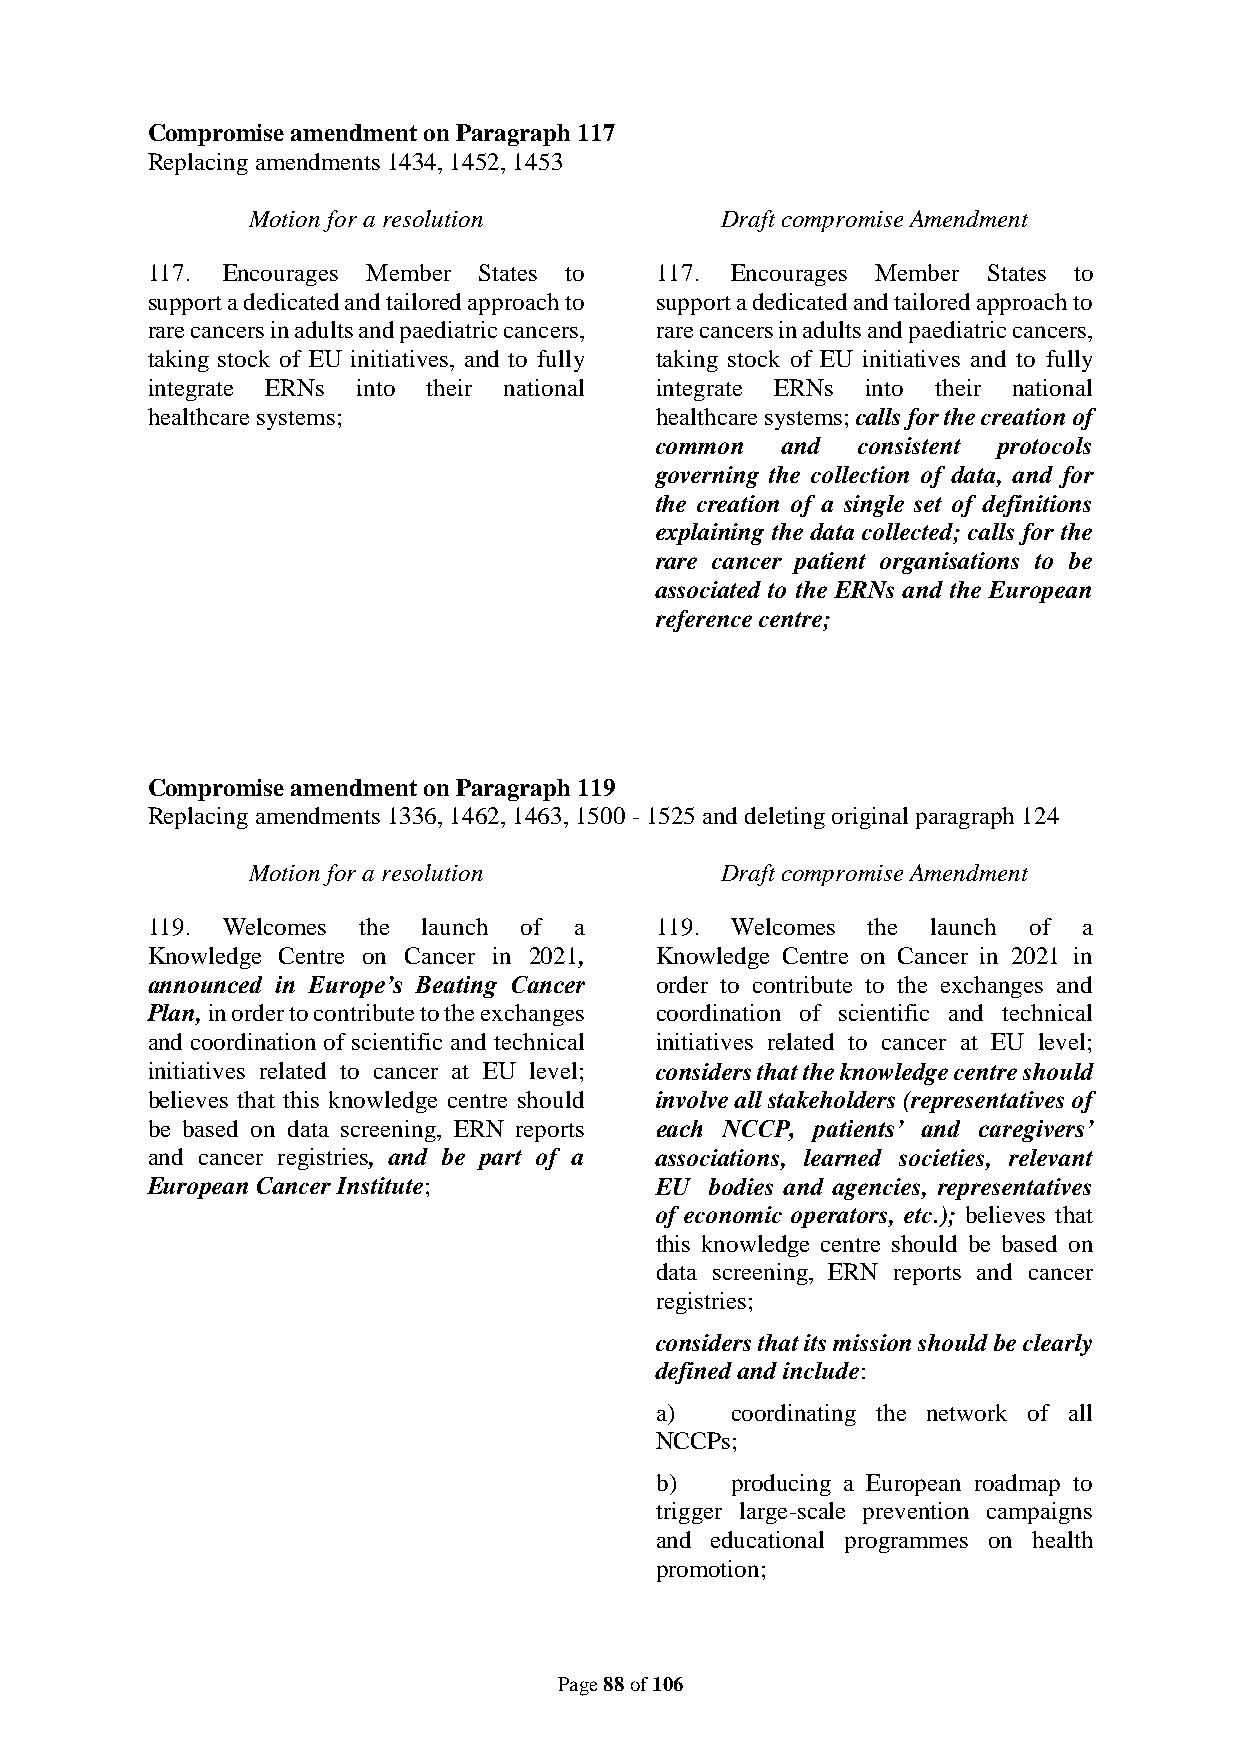
Compromise amendment on Paragraph 117
 Replacing amendments 1434, 1452, 1453
 Motion for a resolution         Draft compromise Amendment
 117. Encourages Member States to 117. Encourages Member States to
 support a dedicated and tailored approach to support a dedicated and tailored approach to
 rare cancers in adults and paediatric cancers, rare cancers in adults and paediatric cancers,
 taking stock of EU initiatives, and to fully taking stock of EU initiatives and to fully
 integrate ERNs into their national integrate ERNs into their national
 healthcare systems;              healthcare systems; calls for the creation of
 common   and  consistent protocols
 governing the collection of data, and for
 the creation of a single set of definitions
 explaining the data collected; calls for the
 rare cancer patient organisations to be
 associated to the ERNs and the European
 reference centre;
 Compromise amendment on Paragraph 119
 Replacing amendments 1336, 1462, 1463, 1500 - 1525 and deleting original paragraph 124
 Motion for a resolution         Draft compromise Amendment
 119. Welcomes the launch of a    119. Welcomes the  launch of a
 Knowledge Centre on Cancer in 2021, Knowledge Centre on Cancer in 2021 in
 announced in Europe’s Beating Cancer order to contribute to the exchanges and
 Plan, in order to contribute to the exchanges coordination of scientific and technical
 and coordination of scientific and technical initiatives related to cancer at EU level;
 initiatives related to cancer at EU level; considers that the knowledge centre should
 believes that this knowledge centre should involve all stakeholders (representatives of
 be based on data screening, ERN reports each NCCP, patients’ and caregivers’
 and cancer registries, and be part of a associations, learned societies, relevant
 European Cancer Institute;       EU  bodies and agencies, representatives
 of economic operators, etc.); believes that
 this knowledge centre should be based on
 data screening, ERN reports and cancer
 registries;
 considers that its mission should be clearly
 defined and include:
 a)   coordinating the network of all
 NCCPs;
 b)   producing a European roadmap to
 trigger large-scale prevention campaigns
 and educational programmes on health
 promotion;
 Page 88 of 106